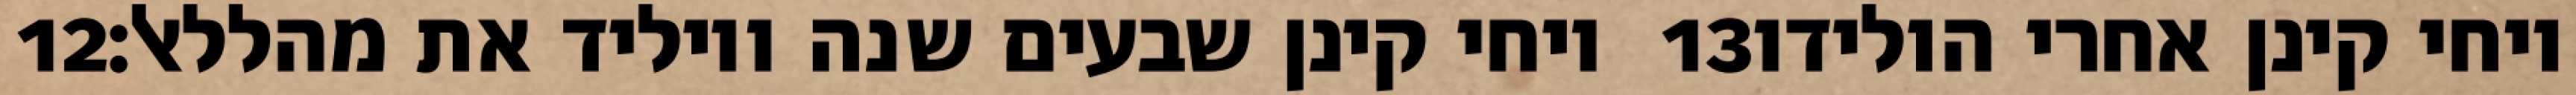
‎12‏ ויחי קינן שבעים שנה ויוליד את מהללאל׃ ‎13‏ ויחי קינן אחרי הולידו